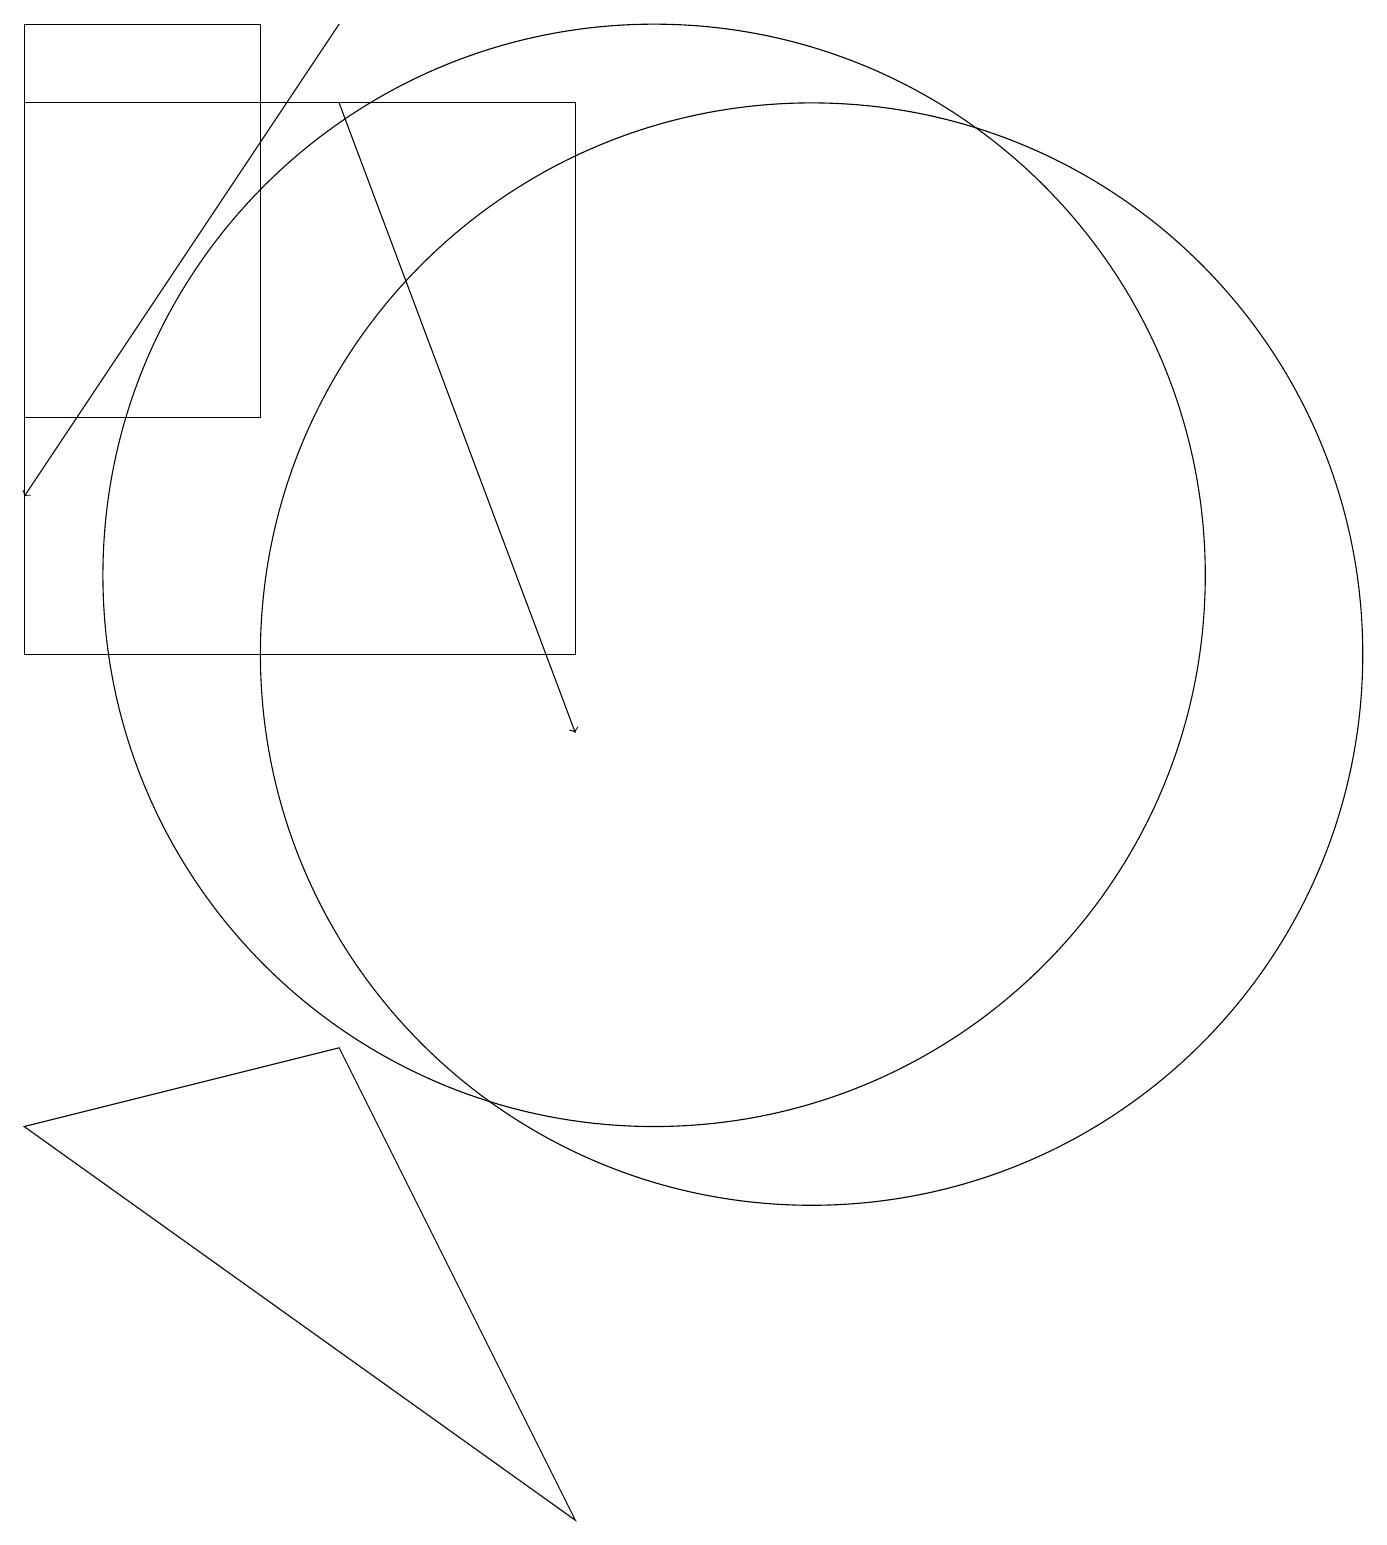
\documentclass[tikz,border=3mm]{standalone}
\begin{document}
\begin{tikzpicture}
\draw (12,11) circle (7);
\draw (5,14) rectangle (2,19);
\draw[->] (6,19) -- (2,13);
\draw[->] (6,18) -- (9,10);
\draw (10,12) circle (7);
\draw (2,18) rectangle (9,11);
\draw (11,12) circle (0);
\draw (9,0) -- (2,5) -- (6,6) -- cycle;
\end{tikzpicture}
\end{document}